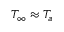
\begin{array} { r } { T _ { \infty } \approx T _ { a } } \end{array}